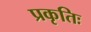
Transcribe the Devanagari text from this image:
प्रकृतिः